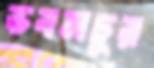
ভবনচুর